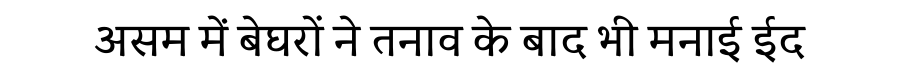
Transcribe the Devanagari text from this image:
असम में बेघरों ने तनाव के बाद भी मनाई ईद